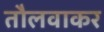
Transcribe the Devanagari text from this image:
तौलवाकर